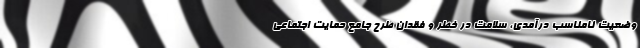
وضعیت نامناسب درآمدی، سلامت در خطر و فقدان طرح جامع حمایت اجتماعی